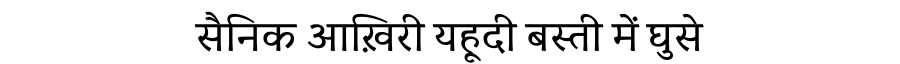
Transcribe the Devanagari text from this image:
सैनिक आख़िरी यहूदी बस्ती में घुसे